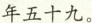
年五十九。